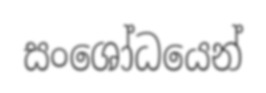
සංශෝධයෙන්